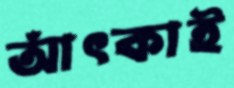
আঁৎকাই